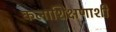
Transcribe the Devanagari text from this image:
कलाशिक्षणाशी